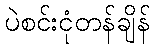
ပဲစင်းငုံတန်ချိန်